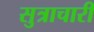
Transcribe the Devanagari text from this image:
सुत्राचारी